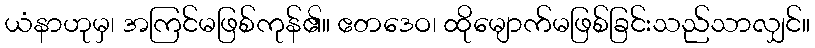
ယံနာဟုမှ၊ အကြင်မဖြစ်ကုန်၏။ ဧတဒေဝ၊ ထိုမျောက်မဖြစ်ခြင်းသည်သာလျှင်။